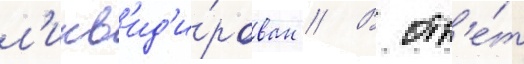
л'икв'ид'и́рован // В отв'е́т